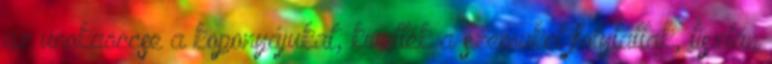
az unokaöccse a koponyájukat, kivették a szemüket folytattak, tisztán